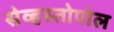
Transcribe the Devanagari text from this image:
सेव्हस्तोपोल